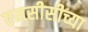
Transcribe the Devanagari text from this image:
एमसीसीच्या